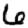
Digit: 6